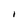
Character: I